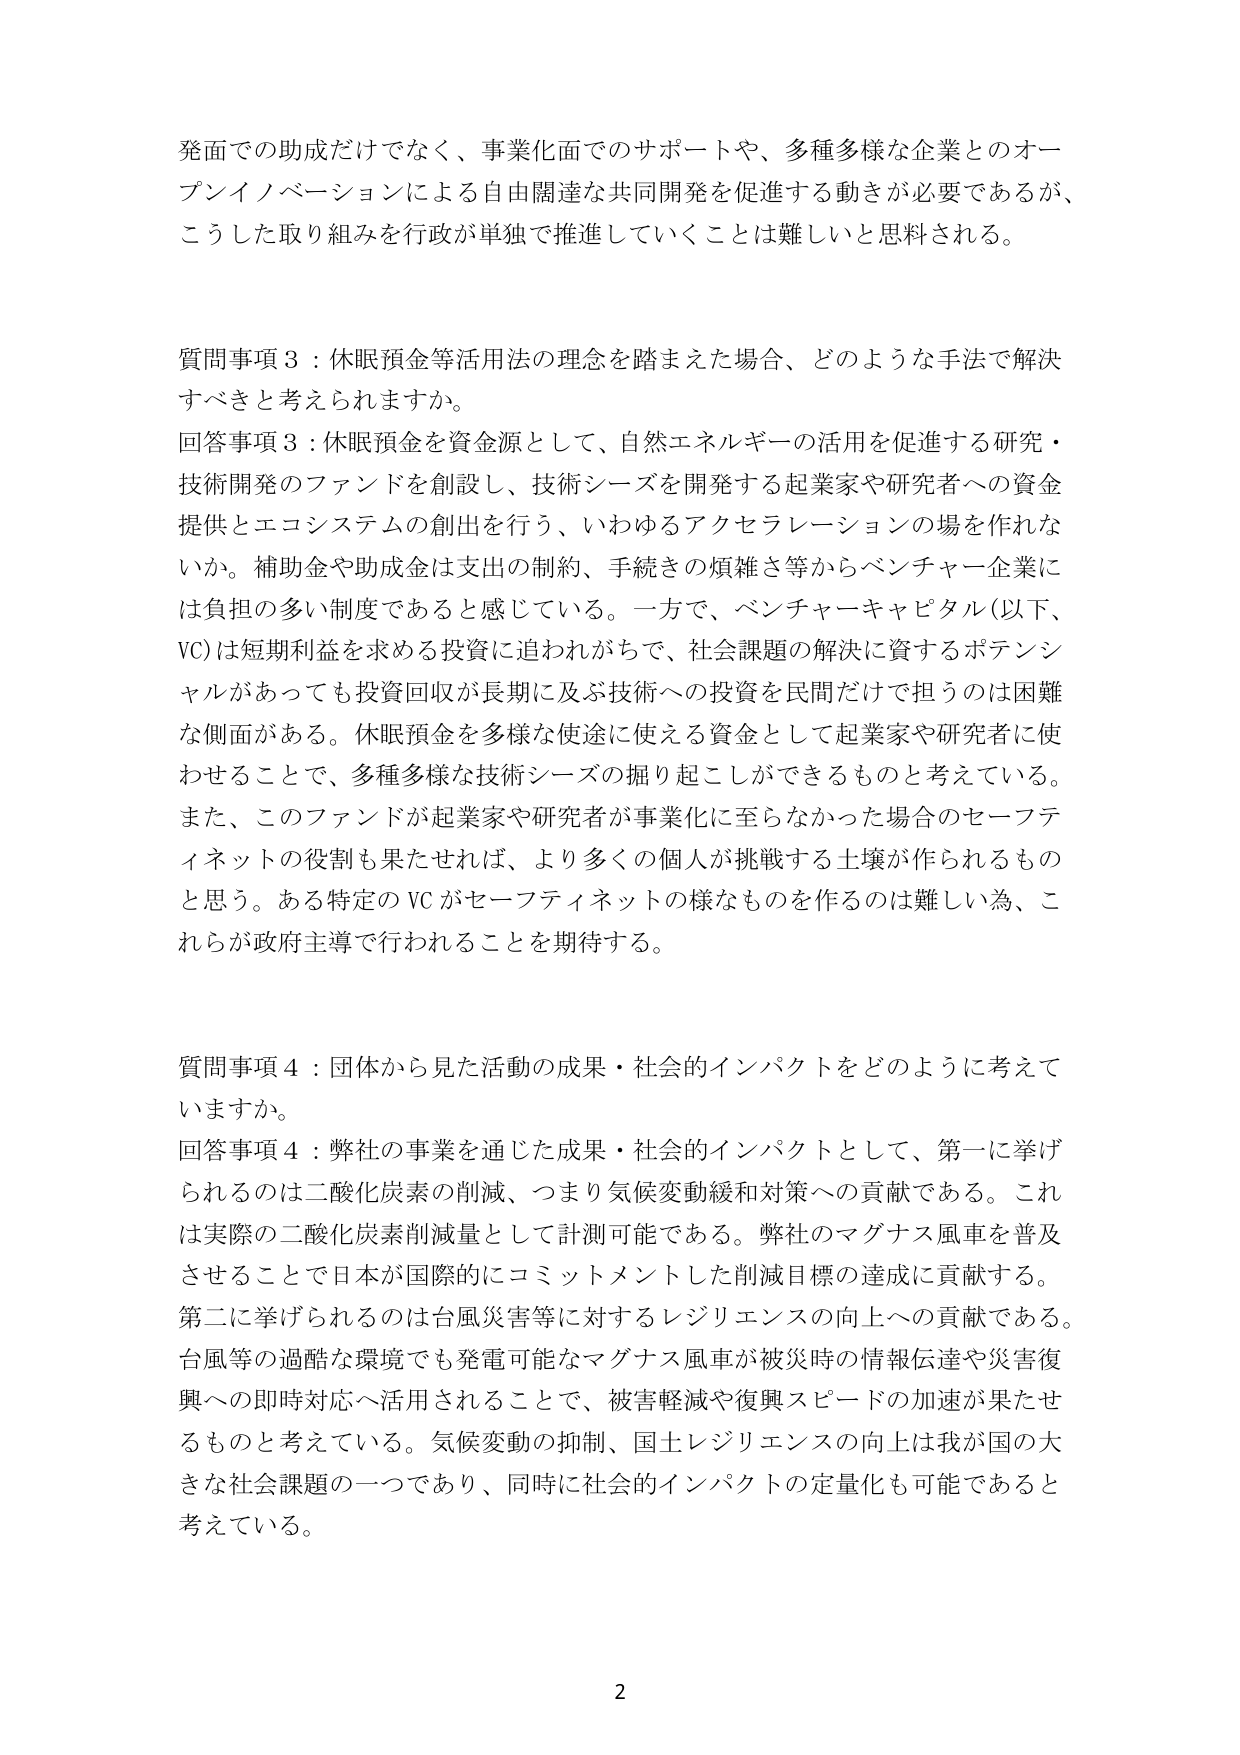
発面での助成だけではなく、事業化面でのサポートや、多種多様な企業とのオープンイノベーションによる自由闊達な共同開発を促進する動きが必要であるが、こうした取り組みを行政が単独で推進していくことは難しいと思料される。

質問事項３：休眠預金等活用法の理念を踏まえた場合、どのような手法で解決すべきと考えられますか。

回答事項３：休眠預金を資金源として、自然エネルギーの活用を促進する研究・技術開発のファンドを創設し、技術シーズを開発する起業家や研究者への資金提供とエコシステムの創出を行う、いわゆるアクセラレーションの場を作れないか。補助金や助成金は支出の制約、手続きの煩雑さ等からベンチャー企業には負担の多い制度であると感じている。一方で、ベンチャーキャピタル（以下、VC）は短期利益を求める投資に追われがちで、社会課題の解決に資するポテンシャルがあっても投資回収が長期に及ぶ技術への投資を民間だけで担るのは困難な側面がある。休眠預金を多様な使途に使える資金として起業家や研究者に使わせることで、多種多様な技術シーズの掘り起こしができるものと考えている。また、このファンドが起業家や研究者が事業化に至らなかった場合のセーフティネットの役割も果たせれば、より多くの個人が挑戦する土壌が作られるものと思う。ある特定のVCがセーフティネットの様なものを作るのは難しい為、これらが政府主導で行われることを期待する。

質問事項４：団体から見た活動の成果・社会的インパクトをどのように考えていますか。

回答事項４：弊社の事業を通じた成果・社会的インパクトとして、第一に挙げられるのは二酸化炭素の削減、つまり気候変動緩和対策への貢献である。これは実際の二酸化炭素削減量として計測可能である。弊社のマグナス風車を普及させることで日本が国際的にコミットメントした削減目標の達成に貢献する。第二に挙げられるのは台風災害等に対するレジリエンスの向上への貢献である。台風等の過酷な環境でも発電可能なマグナス風車が被災時の情報伝達や災害復興への即時対応へ活用されることで、被害軽減や復興スピードの加速が果たせるものと考えている。気候変動の抑制、国土レジリエンスの向上は我が国の大きな社会課題の一つであり、同時に社会的インパクトの定量化も可能であると考えている。

2